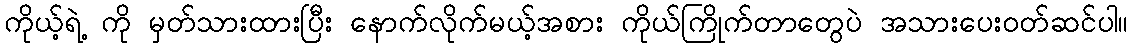
ကိုယ့်ရဲ့ ကို မှတ်သားထားပြီး နောက်လိုက်မယ့်အစား ကိုယ်ကြိုက်တာတွေပဲ အသားပေးဝတ်ဆင်ပါ။